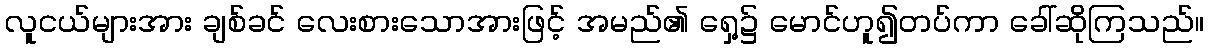
လူငယ်များအား ချစ်ခင် လေးစားသောအားဖြင့် အမည်၏ ရှေ့၌ မောင်ဟူ၍တပ်ကာ ခေါ်ဆိုကြသည်။